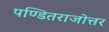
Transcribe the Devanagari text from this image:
पण्डितराजोत्तर